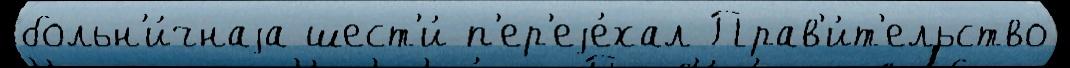
больн'и́чнаjа шест'и́ п'ер'еjе́хал Прав'и́т'ельство